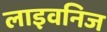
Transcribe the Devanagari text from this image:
लाइवनिज